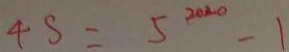
4 s = 5 ^ { 2 0 2 0 } - 1